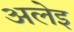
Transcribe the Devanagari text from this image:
अलेइ